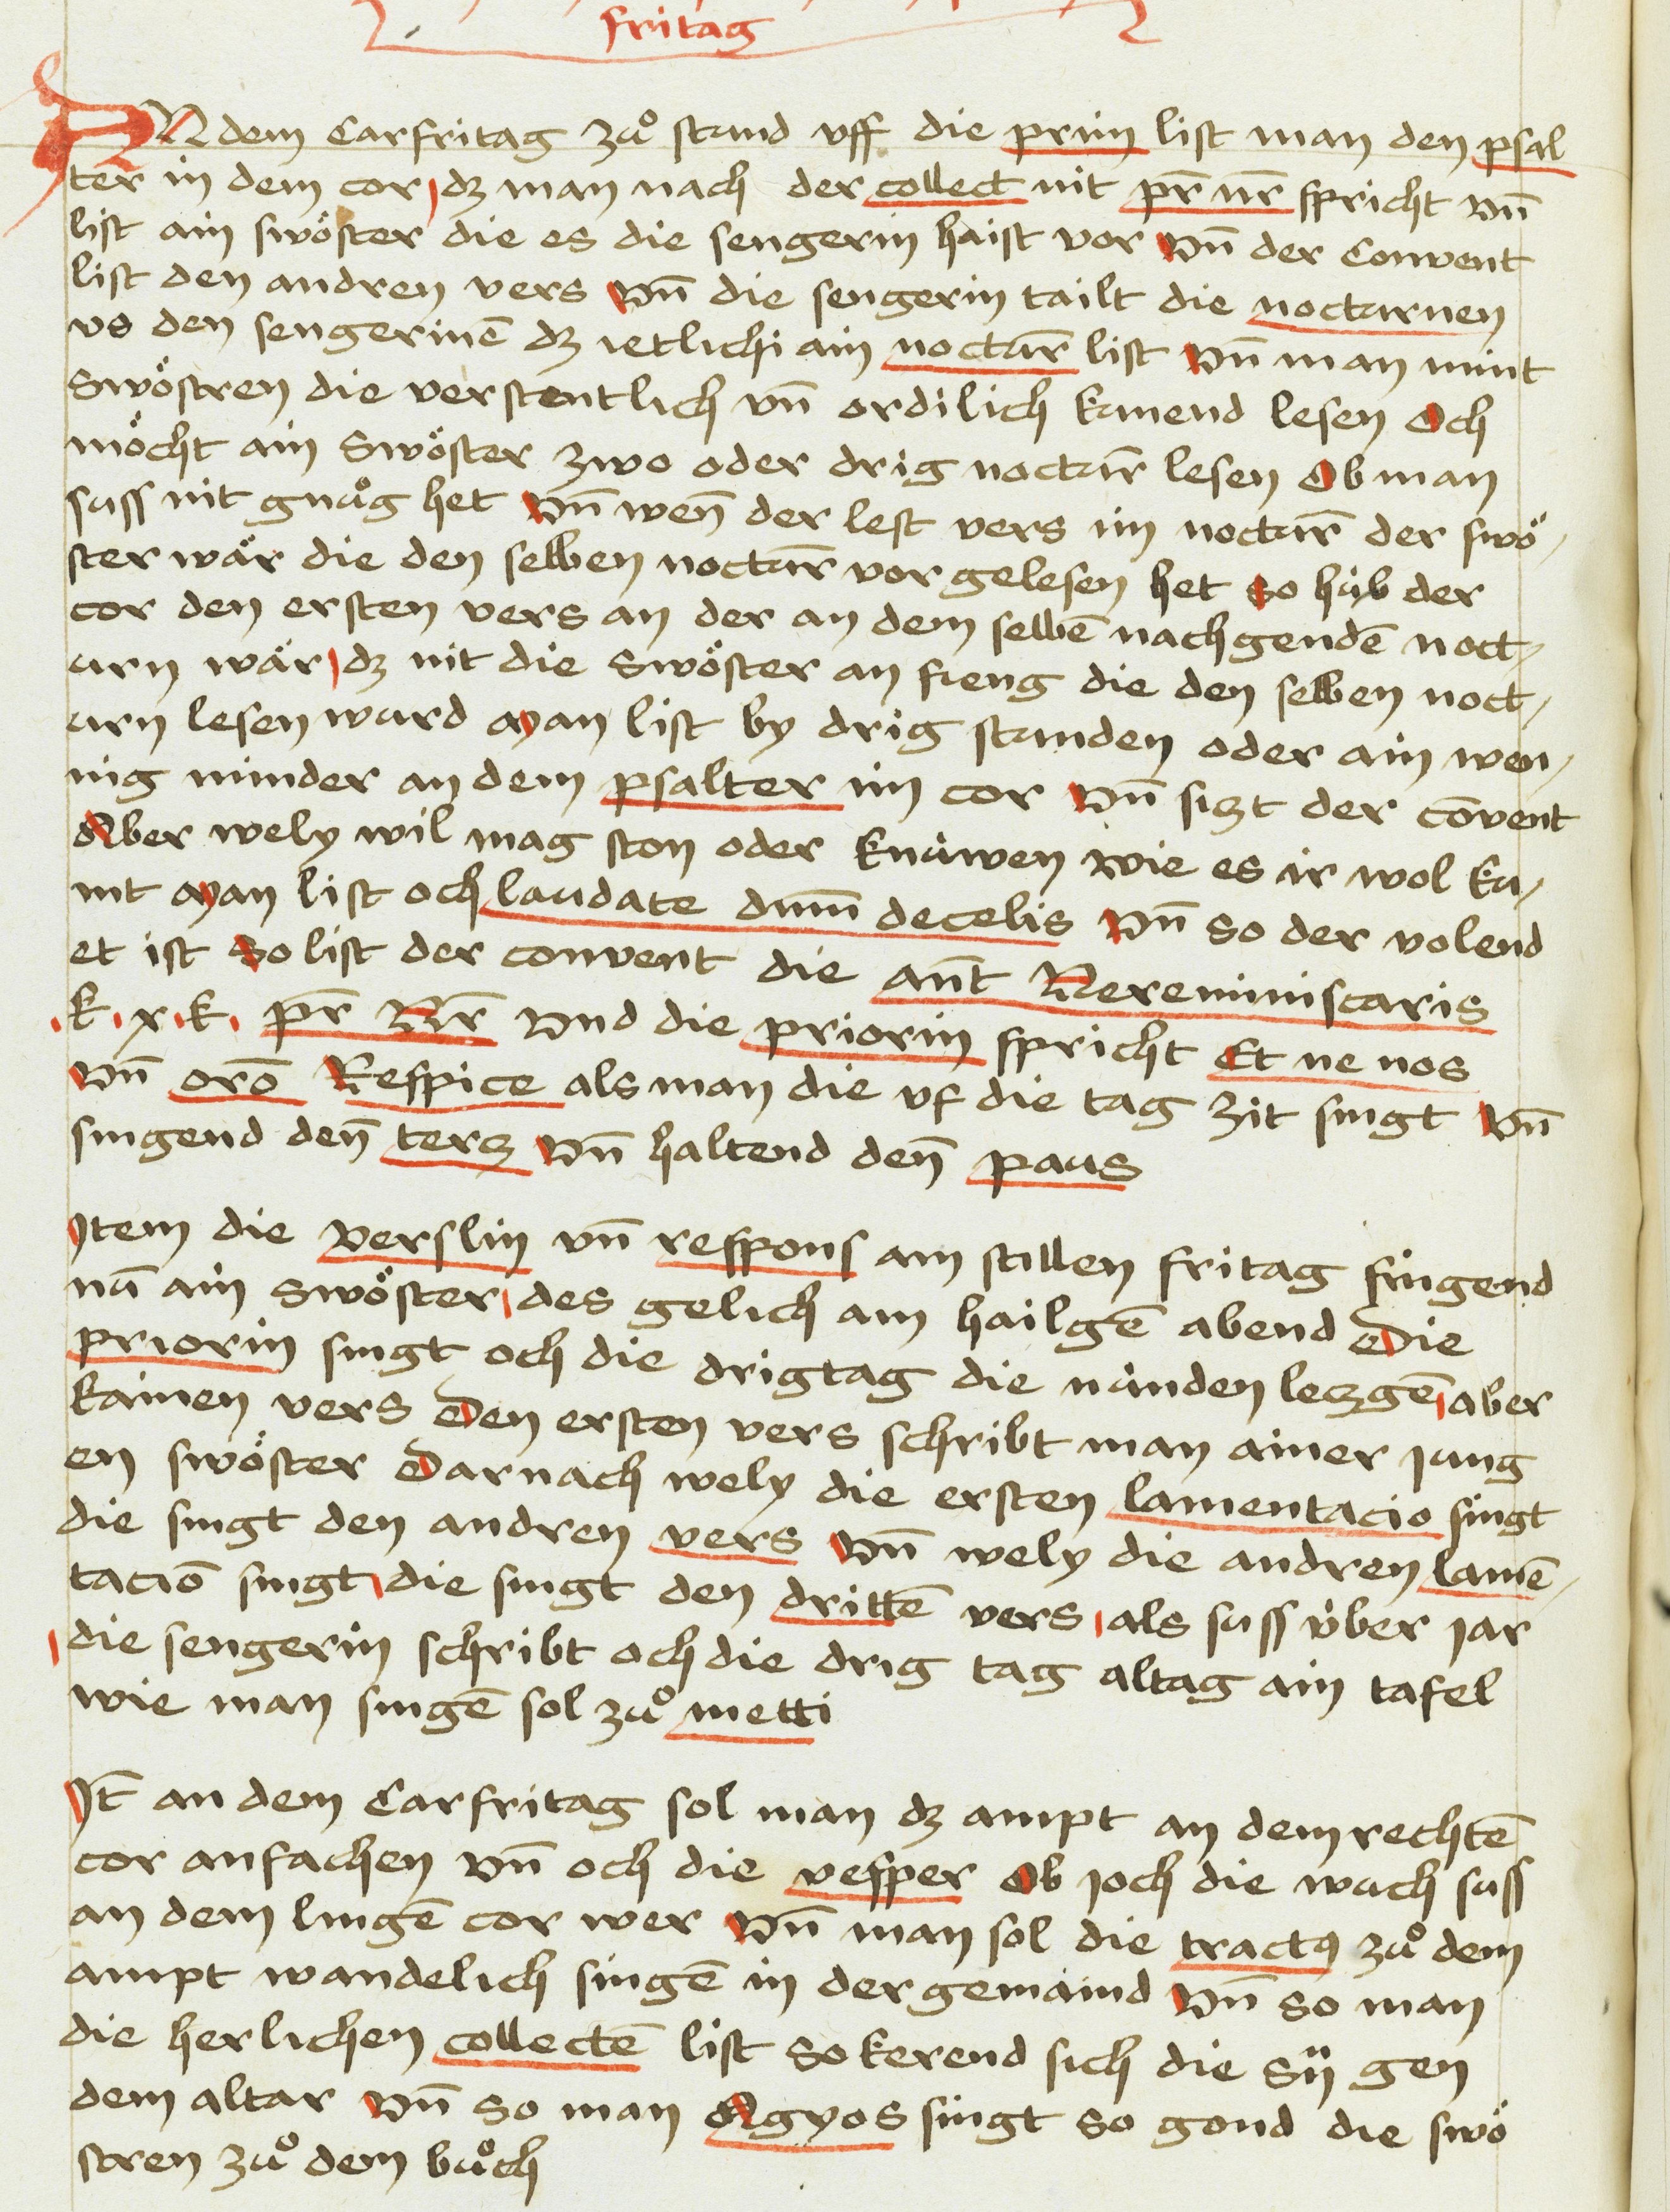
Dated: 1475–1485